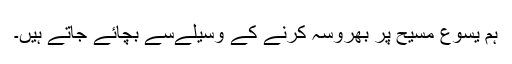
ہم یسوع مسیح پر بھروسہ کرنے کے وسیلےسے بچائے جاتے ہیں۔